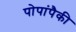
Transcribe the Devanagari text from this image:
पोपांपैकी